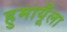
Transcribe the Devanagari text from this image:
हुमायूँला